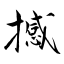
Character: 撼